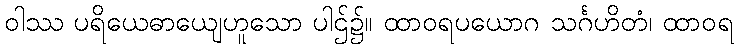
ဝါဿ ပရိယေဓာယျေဟူသော ပါဌ်၌။ ထာဝရပယောဂ သင်္ဂဟိတံ၊ ထာဝရ